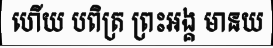
ហើយ បពិត្រ ព្រះអង្គ មានយ